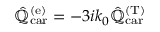
\hat { \mathbb { Q } } _ { \mathrm { c a r } } ^ { ( \mathrm { e } ) } = - 3 i k _ { 0 } \hat { \mathbb { Q } } _ { \mathrm { c a r } } ^ { ( \mathrm { T } ) }